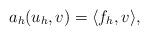
LaTeX: \begin{align*}a_h(u_h,v)=\langle f_h,v\rangle,\end{align*}